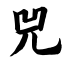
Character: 兕